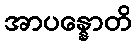
အာပန္နောတိ